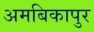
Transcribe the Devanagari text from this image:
अमबिकापुर